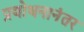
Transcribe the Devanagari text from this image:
प्रबोधनानंतर